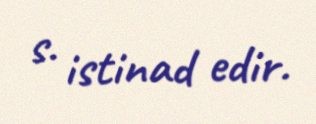
s. istinad edir.